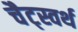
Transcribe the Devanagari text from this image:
चैट्स्वर्थ